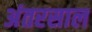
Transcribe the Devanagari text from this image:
अंतरसाल